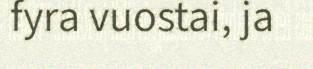
fyra vuostai, ja